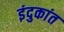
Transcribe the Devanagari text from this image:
इंदुकांत